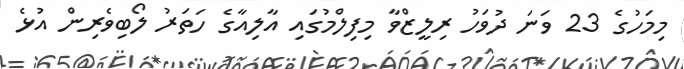
މިމަހުގެ 23 ވަނަ ދުވަހު ރިލީޒްވާ މިފިލްމުގައި އާލިއާގެ ހަތަރު ލޯބިވެރިން އުޅެ